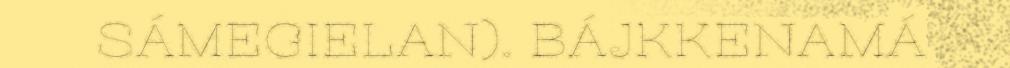
SÁMEGIELAN). BÁJKKENAMÁ